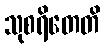
သုစရိတေတိ